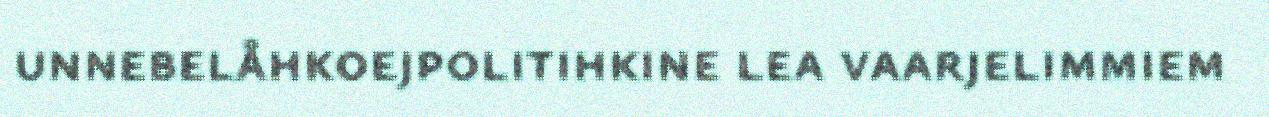
unnebelåhkoejpolitihkine lea vaarjelimmiem